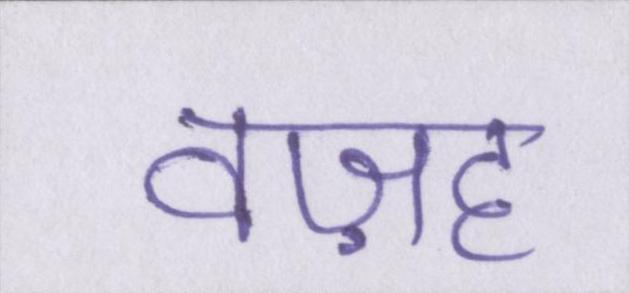
वज़ह